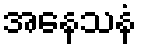
အနေသနံ